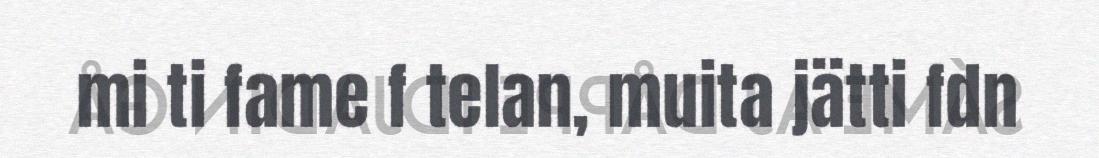
mi ti fame f telan, muita jätti fdn